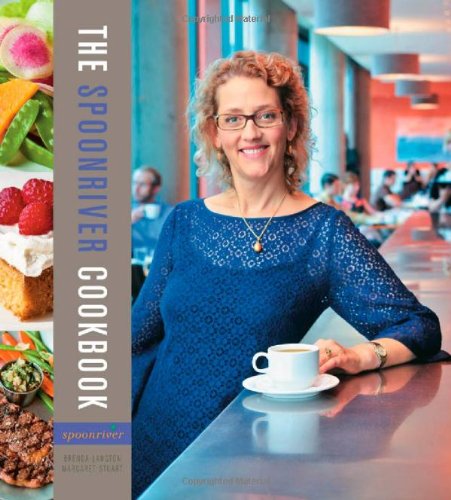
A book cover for Spoonriver Cookbook; Brenda Langton; Cookbooks, Food & Wine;